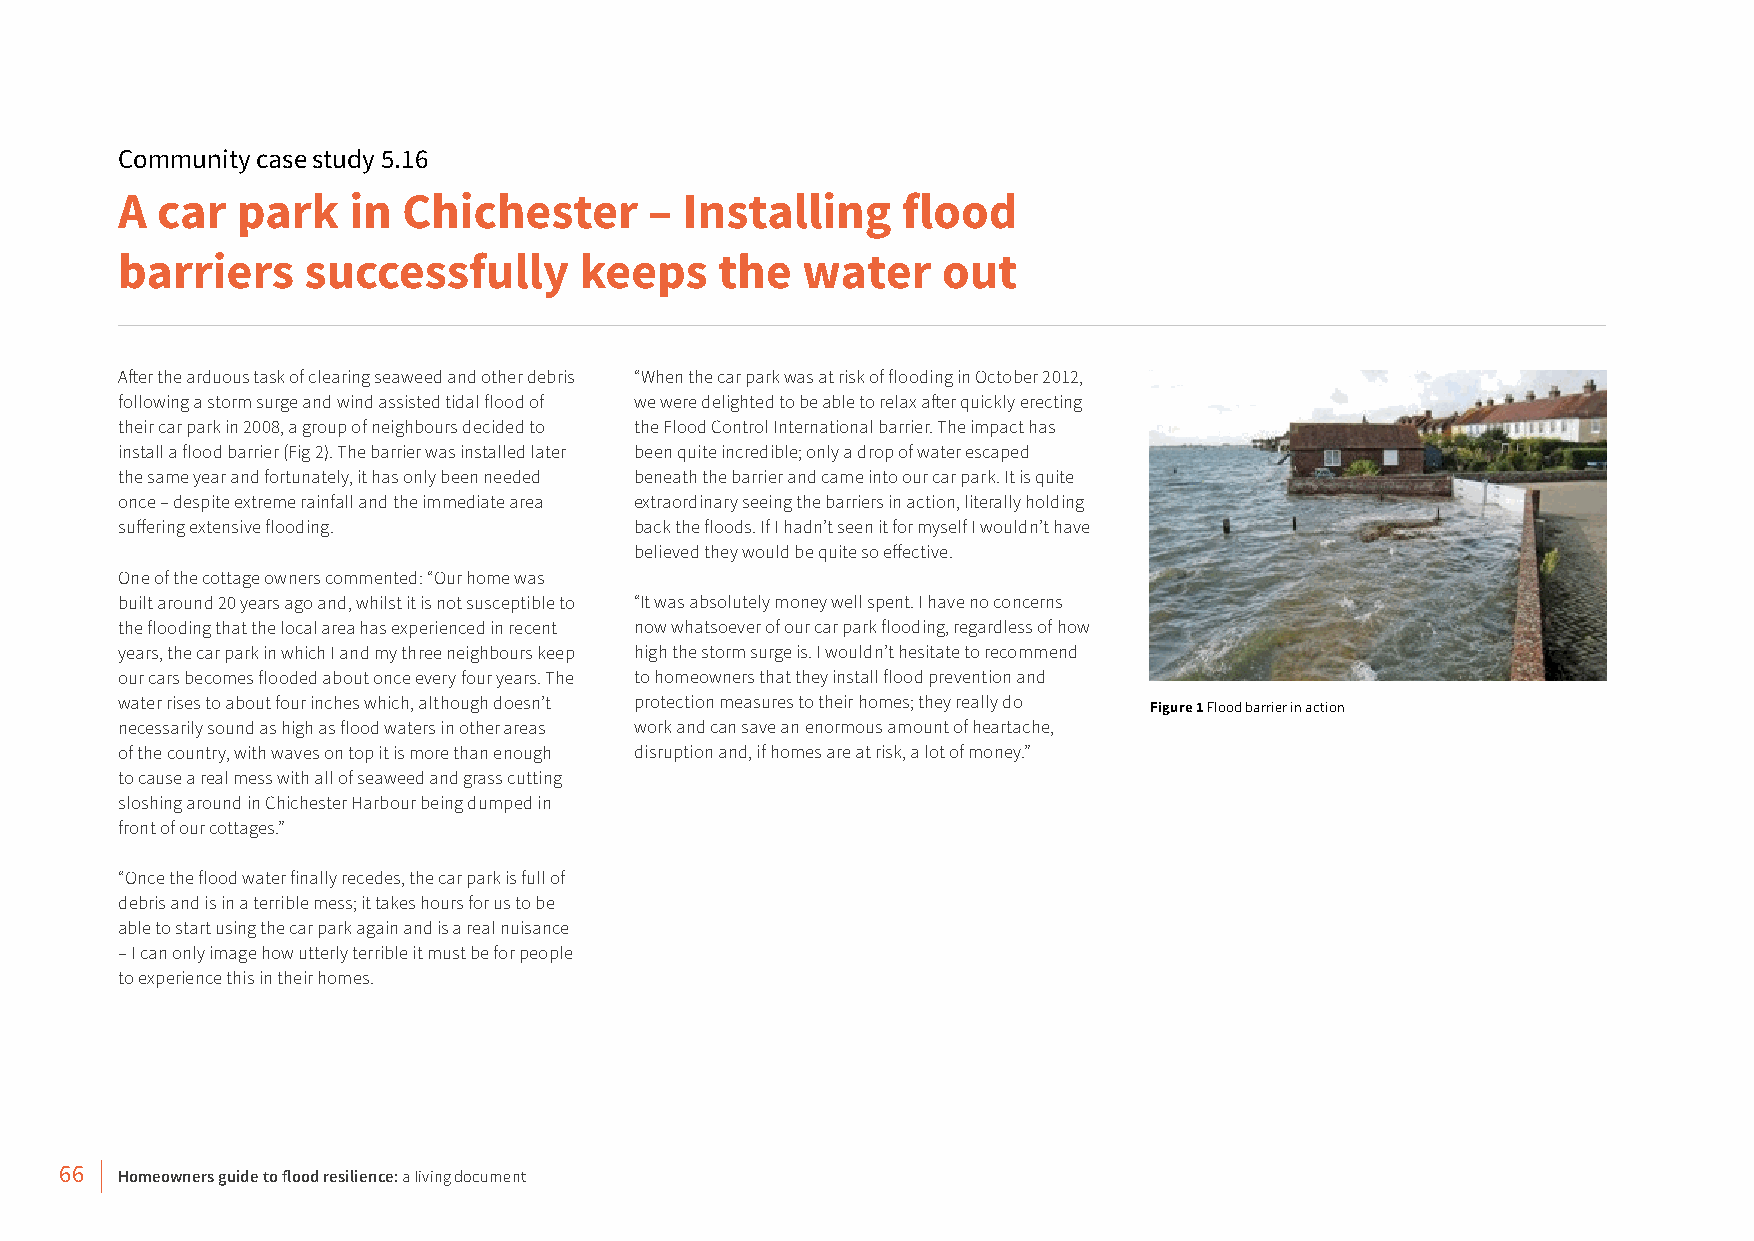
Community case study 5.16
 A car   park   in  Chichester      – Installing     flood
 barriers    successfully      keeps     the  water    out
 After the arduous task of clearing seaweed and other debris “When the car park was at risk of flooding in October 2012,
 following a storm surge and wind assisted tidal flood of we were delighted to be able to relax after quickly erecting
 their car park in 2008, a group of neighbours decided to the Flood Control International barrier. The impact has
 install a flood barrier (Fig 2). The barrier was installed later been quite incredible; only a drop of water escaped
 the same year and fortunately, it has only been needed beneath the barrier and came into our car park. It is quite
 once – despite extreme rainfall and the immediate area extraordinary seeing the barriers in action, literally holding
 suffering extensive flooding.     back the floods. If I hadn’t seen it for myself I wouldn’t have
 believed they would be quite so effective.
 One of the cottage owners commented: “Our home was
 built around 20 years ago and, whilst it is not susceptible to “It was absolutely money well spent. I have no concerns
 the flooding that the local area has experienced in recent now whatsoever of our car park flooding, regardless of how
 years, the car park in which I and my three neighbours keep high the storm surge is. I wouldn’t hesitate to recommend
 our cars becomes flooded about once every four years. The to homeowners that they install flood prevention and
 water rises to about four inches which, although doesn’t protection measures to their homes; they really do
 Figure 1 Flood barrier in action
 necessarily sound as high as flood waters in other areas work and can save an enormous amount of heartache,
 of the country, with waves on top it is more than enough disruption and, if homes are at risk, a lot of money.”
 to cause a real mess with all of seaweed and grass cutting
 sloshing around in Chichester Harbour being dumped in
 front of our cottages.”
 “Once the flood water finally recedes, the car park is full of
 debris and is in a terrible mess; it takes hours for us to be
 able to start using the car park again and is a real nuisance
 – I can only image how utterly terrible it must be for people
 to experience this in their homes.
 66  Homeowners guide to flood resilience: a living document